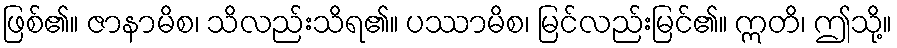
ဖြစ်၏။ ဇာနာမိစ၊ သိလည်းသိရ၏။ ပဿာမိစ၊ မြင်လည်းမြင်၏။ ဣတိ၊ ဤသို့။